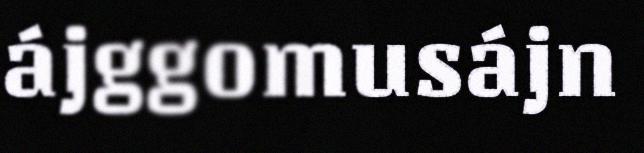
ájggomusájn